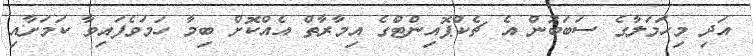
އަދި މިހަމަލާގެ ސަބަބުން އެ ޗެކްޕޮއިންޓްގެ އިމާރާތް އެއްކޮށް ބިމާ ހަމަވެފައިވާ ކަމަށާއި